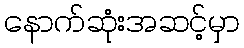
နောက်ဆုံးအဆင့်မှာ